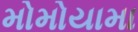
મોમોયામા